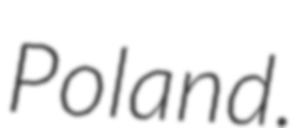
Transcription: Poland.